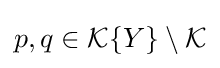
{\textstyle p,q\in {\mathcal {K}}\{Y\}\setminus {\mathcal {K}}}